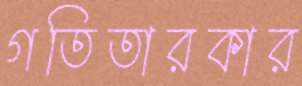
গতিতারকার